Report on vaccination in the Province of Bengal - 1874-1889
Year: 1874
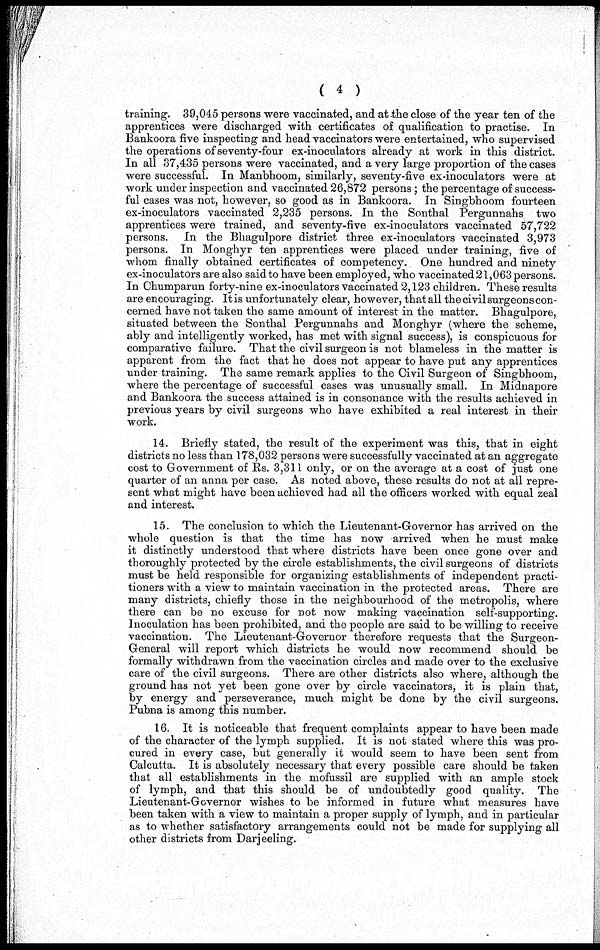
( 4 )
training. 39,045 persons were vaccinated, and at the close of the year ten of the
apprentices were discharged with certificates of qualification to practise. In
Bankoora five inspecting and head vaccinators were entertained, who supervised
the operations of seventy-four ex-inoculators already at work in this district.
In all 37,435 persons were vaccinated, and a very large proportion of the cases
were successful. In Manbhoom, similarly, seventy-five ex-inoculators were at
work under inspection and vaccinated 26,872 persons; the percentage of success-
ful cases was not, however, so good as in Bankoora. In Singbhoom fourteen
ex-inoculators vaccinated 2,235 persons. In the Sonthal Pergunnahs two
apprentices were trained, and seventy-five ex-inoculators vaccinated 57,722
persons. In the Bhagulpore district three ex-inoculators vaccinated 3,973
persons. In Monghyr ten apprentices were placed under training, five of
whom finally obtained certificates of competency. One hundred and ninety
ex-inoculators are also said to have been employed, who vaccinated 21,063 persons.
In Chumparun forty-nine ex-inoculators vaccinated 2,123 children. These results
are encouraging. It is unfortunately clear, however, that all the civil surgeons con-
cerned have not taken the same amount of interest in the matter. Bhagulpore,
situated between the Sonthal Pergunnahs and Monghyr (where the scheme,
ably and intelligently worked, has met with signal success), is conspicuous for
comparative failure. That the civil surgeon is not blameless in the matter is
apparent from the fact that he does not appear to have put any apprentices
under training. The same remark applies to the Civil Surgeon of Singbhoom,
where the percentage of successful cases was unusually small. In Midnapore
and Bankoora the success attained is in consonance with the results achieved in
previous years by civil surgeons who have exhibited a real interest in their
work.
14. Briefly stated, the result of the experiment was this, that in eight
districts no less than 178,032 persons were successfully vaccinated at an aggregate
cost to Government of Rs. 3,311 only, or on the average at a cost of just one
quarter of an anna per case. As noted above, these results do not at all repre-
sent what might have been achieved had all the officers worked with equal zeal
and interest.
15. The conclusion to which the Lieutenant-Governor has arrived on the
whole question is that the time has now arrived when he must make
it distinctly understood that where districts have been once gone over and
thoroughly protected by the circle establishments, the civil surgeons of districts
must be held responsible for organizing establishments of independent practi-
tioners with a view to maintain vaccination in the protected areas. There are
many districts, chiefly those in the neighbourhood of the metropolis, where
there can be no excuse for not now making vaccination self-supporting.
Inoculation has been prohibited, and the people are said to be willing to receive
vaccination. The Lieutenant-Governor therefore requests that the Surgeon-
General will report which districts he would now recommend should be
formally withdrawn from the vaccination circles and made over to the exclusive
care of the civil surgeons. There are other districts also where, although the
ground has not yet been gone over by circle vaccinators, it is plain that,
by energy and perseverance, much might be done by the civil surgeons.
Pubna is among this number.
16. It is noticeable that frequent complaints appear to have been made
of the character of the lymph supplied. It is not stated where this was pro-
cured in every case, but generally it would seem to have been sent from
Calcutta. It is absolutely necessary that every possible care should be taken
that all establishments in the mofussil are supplied with an ample stock
of lymph, and that this should be of undoubtedly good quality. The
Lieutenant-Governor wishes to be informed in future what measures have
been taken with a view to maintain a proper supply of lymph, and in particular
as to whether satisfactory arrangements could not be made for supplying all
other districts from Darjeeling.